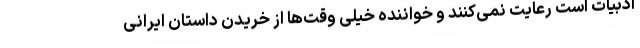
ادبیات است رعایت نمی‌کنند و خواننده خیلی وقت‌ها از خریدن داستان ایرانی